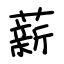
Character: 薪